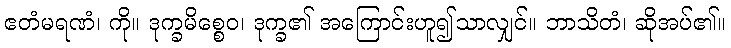
ဧတံမရဏံ၊ ကို။ ဒုက္ခမိစ္စေဝ၊ ဒုက္ခ၏ အကြောင်းဟူ၍သာလျှင်။ ဘာသိတံ၊ ဆိုအပ်၏။